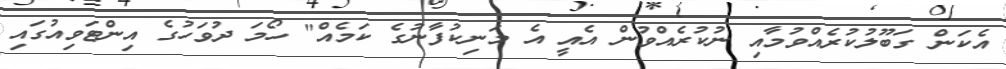
އެކަން ގަބޫލުކުރެއްވުމާއި ނުކުރެއްވުން އެއީ އެ މަނިކުފާނުގެ ކަމެއް" ހޯމަ ދުވަހުގެ އިންޓަވިއުގައި